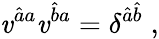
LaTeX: \mathit{v}^{\hat{{a}}a}\mathit{v}^{\hat{{b}}a}=\delta^{\hat{{a}}\hat{{b}}}\; ,